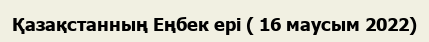
Қазақстанның Еңбек ері ( 16 маусым 2022)